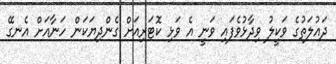
ދައުލަތުގެ ވަކީލު ވިދާޅުވެފައި ވަނީ އެ ވަޅި ކޮޓަރިއަށް ގެންދިޔަކަން ހަނާއަށް އެނގޭ